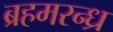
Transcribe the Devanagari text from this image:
ब्रहमरन्ध्र